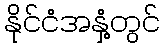
နိုင်ငံအနှံ့တွင်